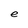
Character: e